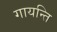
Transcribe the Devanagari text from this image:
गायन्ति